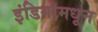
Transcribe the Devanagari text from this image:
इंडिगोमधून